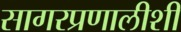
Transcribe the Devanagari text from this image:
सागरप्रणालीशी